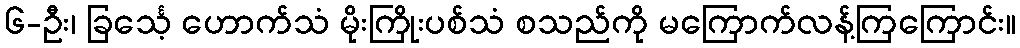
၆-ဦး၊ ခြင်္သေ့ ဟောက်သံ မိုးကြိုးပစ်သံ စသည်ကို မကြောက်လန့်ကြကြောင်း။